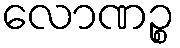
လောဏဉ္စ